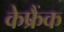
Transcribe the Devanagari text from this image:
केफ्रैंक